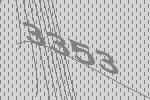
3353